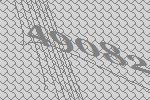
49082